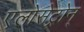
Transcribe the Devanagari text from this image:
एलोसेट्रोन्